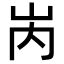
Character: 𡶀